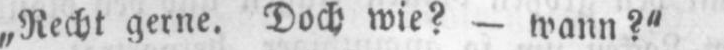
„Recht gerne. Doch wie? - wann?“